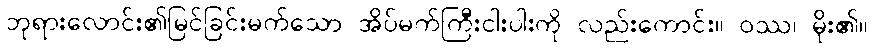
ဘုရားလောင်း၏မြင်ခြင်းမက်သော အိပ်မက်ကြီးငါးပါးကို လည်းကောင်း။ ဝဿ၊ မိုး၏။